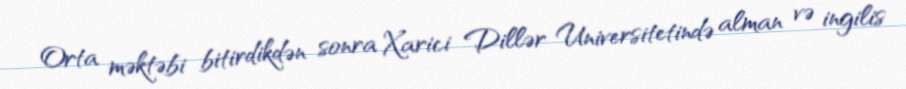
Orta məktəbi bitirdikdən sonra Xarici Dillər Universitetində alman və ingilis